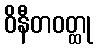
ဝိနီတဝတ္ထု